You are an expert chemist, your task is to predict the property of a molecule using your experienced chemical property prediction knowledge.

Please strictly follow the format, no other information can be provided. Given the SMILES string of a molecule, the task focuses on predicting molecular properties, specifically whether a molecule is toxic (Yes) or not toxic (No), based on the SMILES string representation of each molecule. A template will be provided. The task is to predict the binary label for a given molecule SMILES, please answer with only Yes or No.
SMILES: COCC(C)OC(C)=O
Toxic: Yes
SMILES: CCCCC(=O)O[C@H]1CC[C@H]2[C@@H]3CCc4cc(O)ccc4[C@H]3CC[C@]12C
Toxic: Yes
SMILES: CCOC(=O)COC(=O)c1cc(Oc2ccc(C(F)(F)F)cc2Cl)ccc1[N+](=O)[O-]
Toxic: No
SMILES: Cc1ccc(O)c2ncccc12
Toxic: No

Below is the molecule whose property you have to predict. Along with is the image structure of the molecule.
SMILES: COC1CC(=C(c2cccs2)c2cccs2)C[N+](C)(C)C1
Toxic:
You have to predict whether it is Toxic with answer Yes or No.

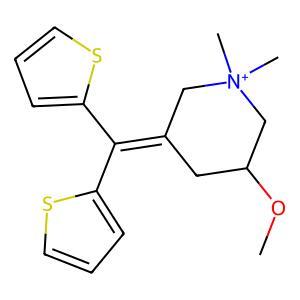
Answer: No